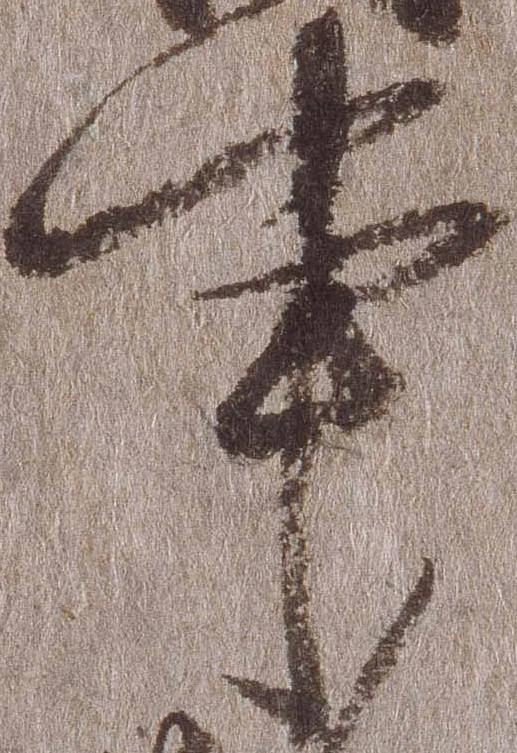
事